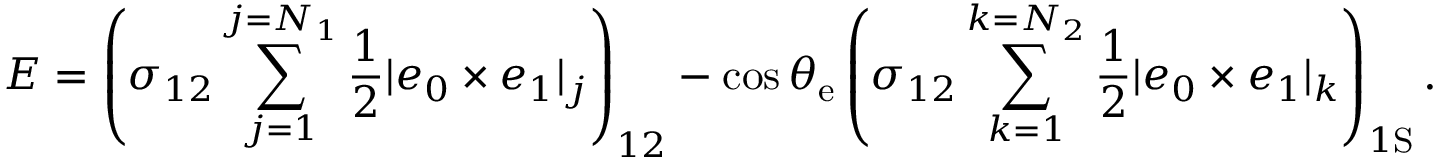
E = \left( \sigma _ { 1 2 } \sum _ { j = 1 } ^ { j = { N _ { 1 } } } \frac { 1 } { 2 } | \boldsymbol { e _ { 0 } } \times \boldsymbol { e _ { 1 } } | _ { j } \right) _ { 1 2 } - \cos \theta _ { \mathrm { { e } } } \left( \sigma _ { 1 2 } \sum _ { k = 1 } ^ { { k = N _ { 2 } } } \frac { 1 } { 2 } | \boldsymbol { e _ { 0 } } \times \boldsymbol { e _ { 1 } } | _ { k } \right) _ { 1 \mathrm { { S } } } .